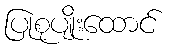
ပြုစုပျိုးထောင်